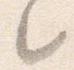
々